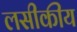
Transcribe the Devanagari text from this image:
लसीकीय